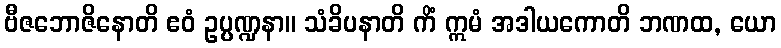
ဗီဇဘောဇိနောတိ ဧဝံ ဥပ္ပဏ္ဍနာ။ သံခိပနာတိ ကိံ ဣမံ အဒါယကောတိ ဘဏထ, ယော